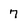
Character: 7